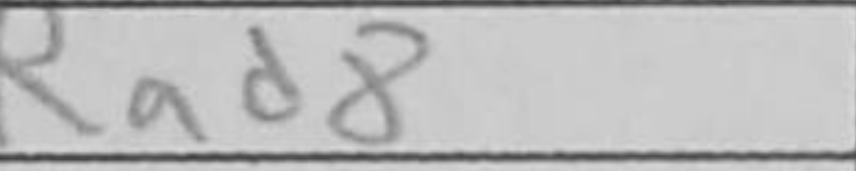
Transcription: Rad8